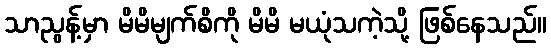
သာညွန့်မှာ မိမိမျက်စိကို မိမိ မယုံသကဲ့သို့ ဖြစ်နေသည်။